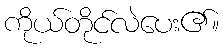
ကိုယ်တိုင်လဲပေး၏။